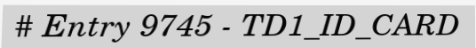
# Entry 9745 - TD1_ID_CARD